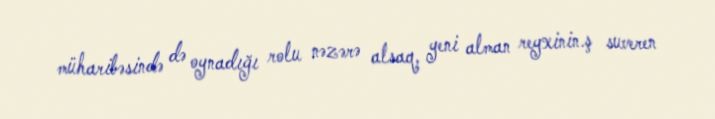
müharibəsində də oynadığı rolu nəzərə alsaq, yeni alman reyxinin.ş suveren